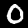
Digit: 0